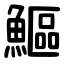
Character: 鰸